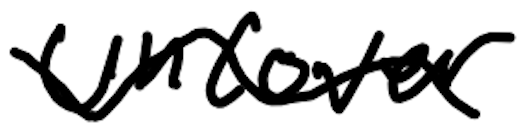
Text: uncover
Cross-out: wave
Writing tool: digital_black